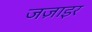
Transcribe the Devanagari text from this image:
जज़ाइर